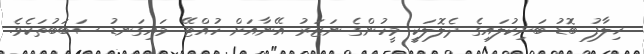
ޚިލާފު ބޮޑު ބަށިކުލައިގެ ދެލޮލަކީ މީހުންގެ ނަޒަރު އޭނާއަށް ހުއްޓޭ މައިގަނޑު ސަބަބުތަކެވެ.